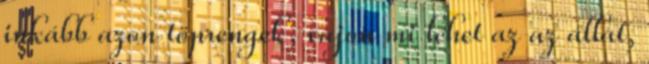
inkább azon töprengek, vajon mi lehet az az állat,